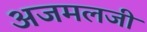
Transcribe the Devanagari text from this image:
अजमलजी